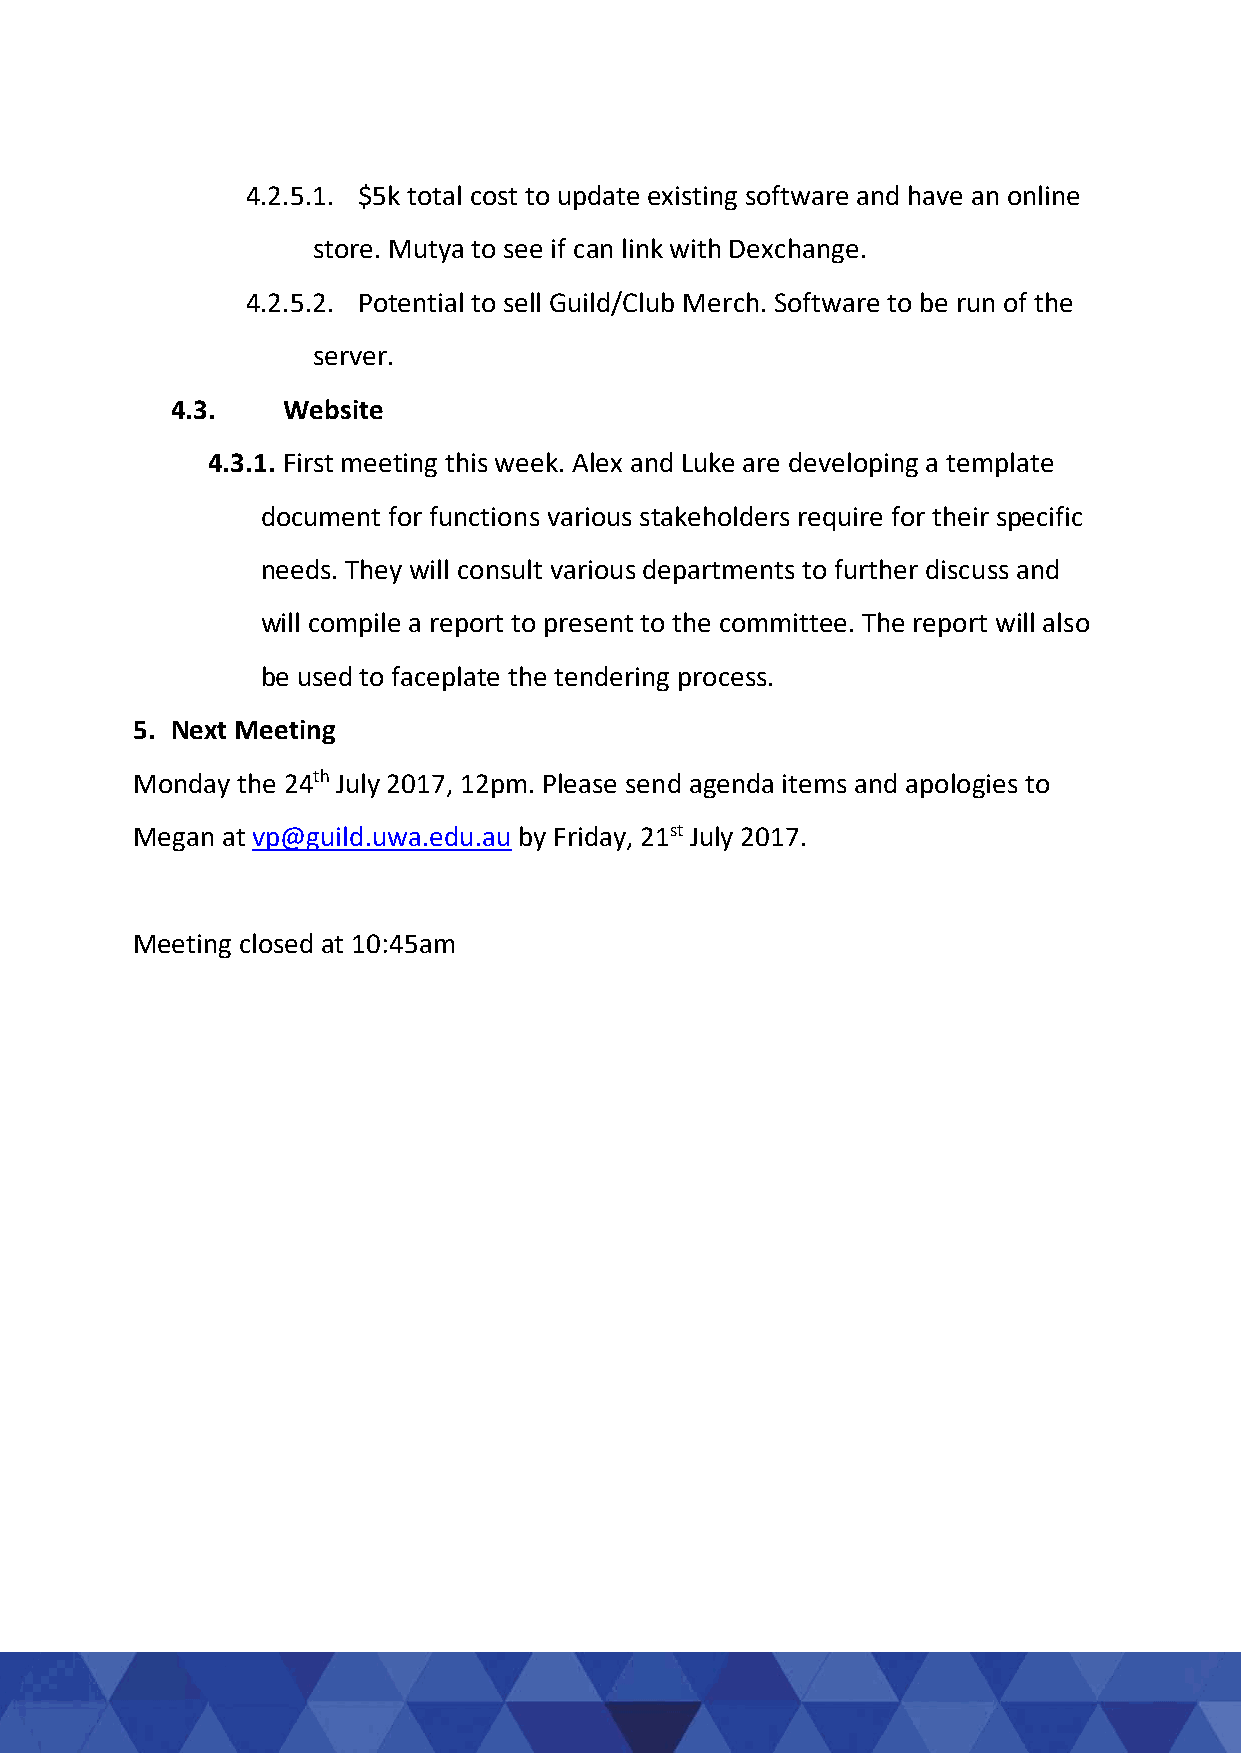
4.2.5.1. $5k total cost to update existing software and have an online
 store. Mutya to see if can link with Dexchange.
 4.2.5.2. Potential to sell Guild/Club Merch. Software to be run of the
 server.
 4.3.    Website
 4.3.1. First meeting this week. Alex and Luke are developing a template
 document for functions various stakeholders require for their specific
 needs. They will consult various departments to further discuss and
 will compile a report to present to the committee. The report will also
 be used to faceplate the tendering process.
 5. Next Meeting
 Monday the 24th July 2017, 12pm. Please send agenda items and apologies to
 Megan at vp@guild.uwa.edu.au by Friday, 21st July 2017.
 Meeting closed at 10:45am